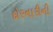
દોરનારીની